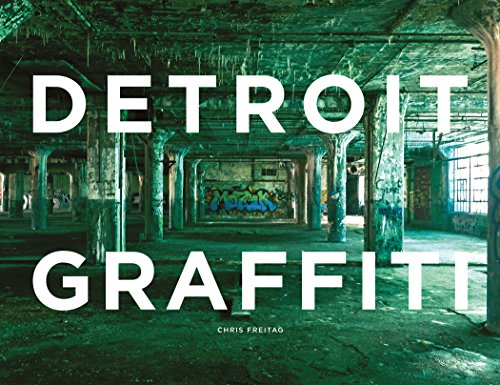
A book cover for Detroit Graffiti; Chris Freitag; Arts & Photography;